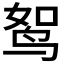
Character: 𫛪